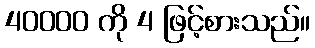
40000 ကို 4 ဖြင့်စားသည်။